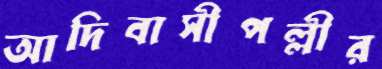
আদিবাসীপল্লীর